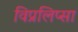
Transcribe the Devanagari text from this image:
विप्रलिप्सा